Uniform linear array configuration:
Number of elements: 12
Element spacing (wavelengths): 0.5
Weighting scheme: uniform
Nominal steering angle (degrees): -30
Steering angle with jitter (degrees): -29.871
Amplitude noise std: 0.05
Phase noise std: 0.05

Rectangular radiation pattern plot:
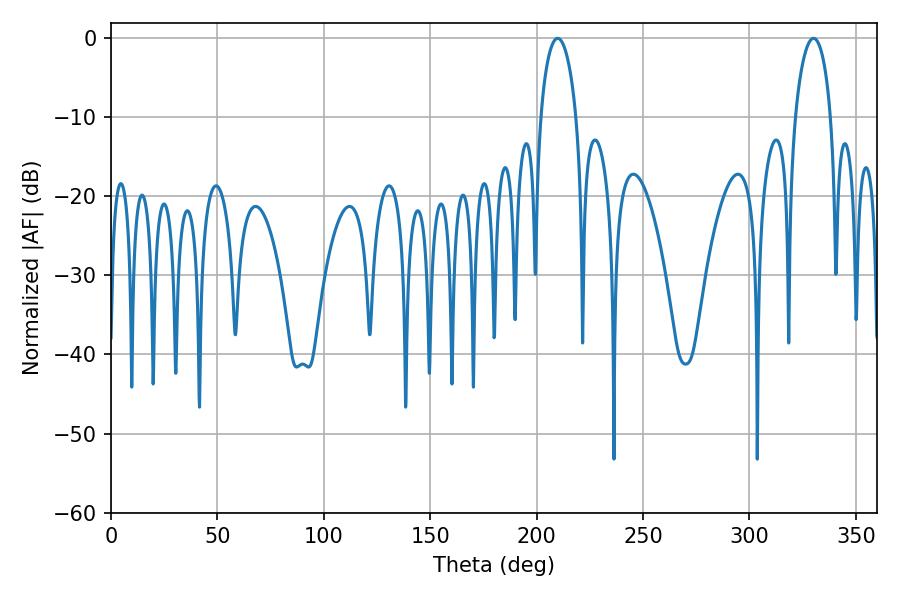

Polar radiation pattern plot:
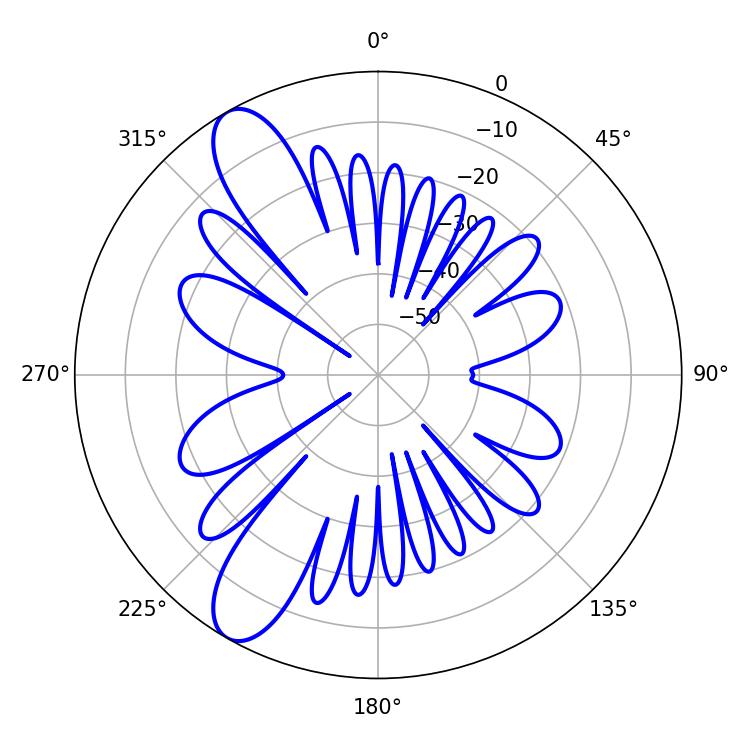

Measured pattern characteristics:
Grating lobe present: FALSE
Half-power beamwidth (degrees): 9.54
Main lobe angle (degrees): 209.88